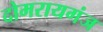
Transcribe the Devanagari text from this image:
दोमरायगंज